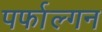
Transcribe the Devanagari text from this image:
पर्फाल्गन